Report of the Municipal Commissioner on the plague in Bombay for the year ending 31st May... - Volume 1
Disease focus: Plague
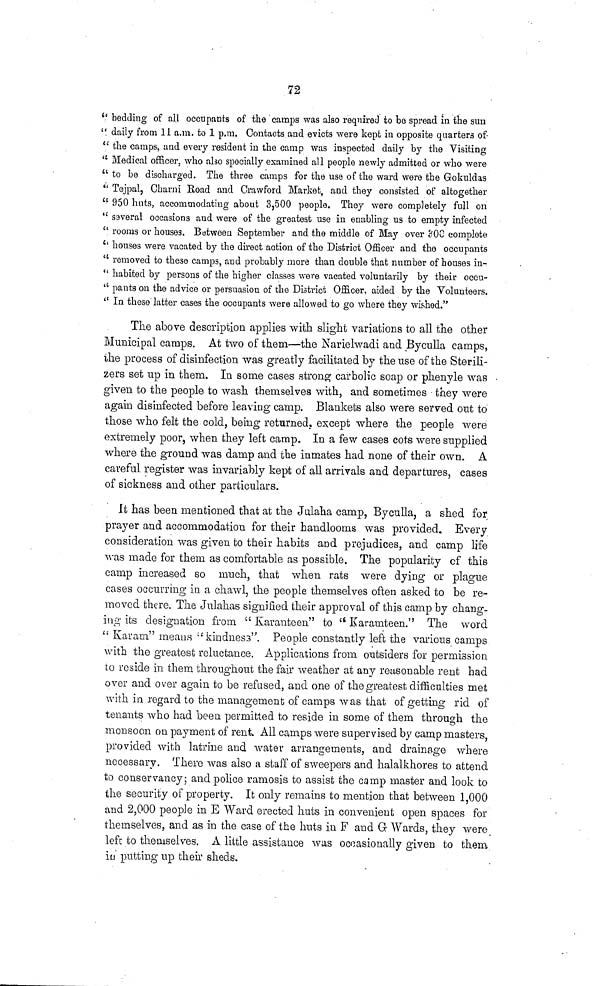
72
" bedding of all occupants of the camps was also required to be spread in the sun
" daily from 11 a.m. to 1 p.m. Contacts and evicts were kept in opposite quarters of
" the camps, and every resident in the camp was inspected daily by the Visiting
" Medical officer, who also specially examined all people newly admitted or who were
" to be discharged. The three camps for the use of the ward were the Gokuldas
" Tejpal, Charni Road and Crawford Market, and they consisted of altogether
" 950 huts, accommodating about 3,500 people. They were completely full 011
" Several occasions and were of the greatest use in enabling us to empty infected
" rooms or houses. Between September and the middle of May over 300 complete
" houses were vacated by the direct action of the District Officer and the occupants
" removed to these camps, and probably more than double that number of houses in-
" habited by persons of the higher classes were vacated voluntarily by their occu-
" pants on the advice or persuasion of the District Officer, aided by the Volunteers.
" In these latter cases the occupants were allowed to go where they wished."
The above description applies with slight variations to all the other
Municipal camps. At two of them—the Narielwadi and Byculla camps,
the process of disinfection was greatly facilitated by the use of the Sterili-
zers set up in them. In some cases strong carbolic soap or phenyle was
given to the people to wash themselves with, and sometimes they were
again disinfected before leaving camp. Blankets also were served out to
those who felt the cold, being returned, except where the people were
extremely poor, when they left camp. In a few cases cots were supplied
where the ground was damp and the inmates had none of their own. A
careful register was invariably kept of all arrivals and departures, cases
of sickness and other particulars.
Jt has been mentioned that at the Julaha camp, Byculla, a shed for
prayer and accommodation for their handlooms was provided. Every
consideration was given to their habits and prejudices, and camp life
was made for them as comfortable as possible. The popularity of this
camp increased so much, that when rats were dying or plague
cases occurring in a chawl, the people themselves often asked to be re-
moved there. The Julahas signified their approval of this camp by chang-
ing its designation from " Karanteen" to " Karamteen." The word
" Karam" means "kindness". People constantly left the various camps
with the greatest reluctance. Applications from outsiders for permission
to reside in them throughout the fair weather at any reasonable rent had
over and over again to be refused, and one of the greatest difficulties met,
with in regard to the management of camps was that of getting rid of
tenants who had been permitted to reside in some of them through the
monsoon on payment of rent. All camps were supervised by camp masters,
provided with latrine and water arrangements, and drainage where
necessary. There was also a staff of sweepers and halalkhores to attend
to conservancy; and police ramosis to assist the camp master and look to
the security of property. It only remains to mention that between 1,000
and 2,000 people in E Ward erected huts in convenient open spaces for
themselves, and as in the case of the huts in F and G Wards, they were
left to themselves. A little assistance was occasionally given to them
in putting up their sheds.